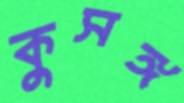
কুসঙ্গ